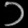
Digit: ၁